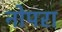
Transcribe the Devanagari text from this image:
नोपरा